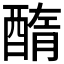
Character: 𨡽